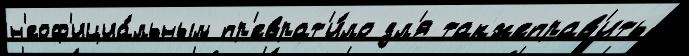
н'еоф'ициа́льным пр'еврат'и́ло дл'я такжеправ'ить